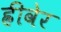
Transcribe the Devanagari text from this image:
ह्रीवेर